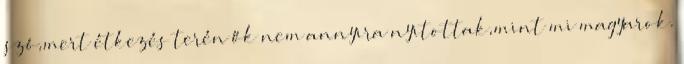
szó,mert étkezés terén ők nem annyira nyitottak,mint mi magyarok.